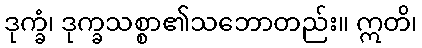
ဒုက္ခံ၊ ဒုက္ခသစ္စာ၏သဘောတည်း။ ဣတိ၊